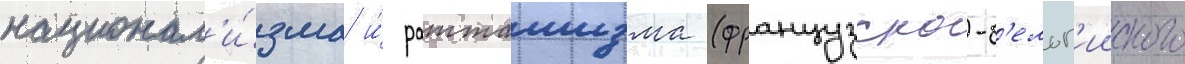
национал'и́зма и́ ратташизма (французско-б'ельг'ииского